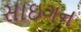
સાઇગન